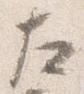
左